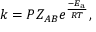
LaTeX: k = P Z _ { A B } e ^ { \frac { - E _ { \mathrm { { a } } } } { R T } } ,